Lunatic asylums in Bengal annual reports 1899-1911 - 1899-1911
Year: 1899
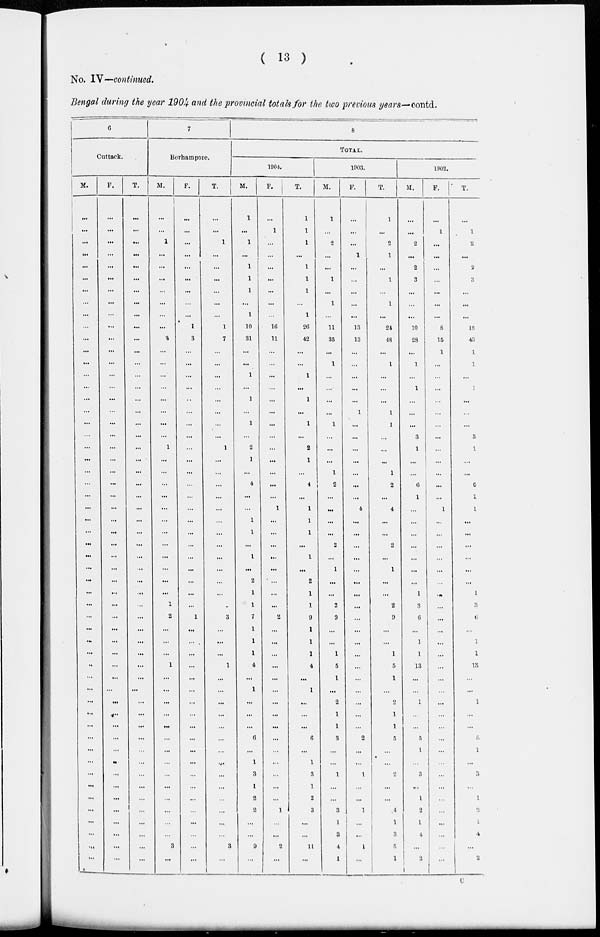
( 13 )
No. IV—continued.
Bengal during the year 1904 and the provincial totals for the two previous years—contd.
6
Cuttack.
M.
...
...
...
...
...
...
...
...
...
...
...
...
...
...
...
...
...
...
...
...
...
...
...
...
...
...
...
...
...
...
...
...
...
...
...
...
...
...
...
...
...
...
...
...
...
...
...
...
...
...
...
...
...
...
F.
...
...
...
...
...
...
...
...
...
...
...
...
...
...
...
...
...
...
...
...
...
...
...
...
...
...
...
...
...
...
...
...
....
...
...
...
...
...
...
...
...
...
...
...
...
...
...
...
...
...
...
...
...
...
T.
...
...
...
...
...
...
...
...
...
...
...
...
...
...
...
...
...
...
...
...
...
...
...
...
...
...
...
...
...
...
...
...
...
...
...
...
...
...
...
...
...
...
...
...
...
...
...
...
...
...
...
...
...
...
7
Berhampore.
M.
...
...
1
...
...
...
...
...
...
...
4
...
...
...
...
...
...
...
...
1
...
...
...
...
...
...
...
...
...
...
...
...
...
2
...
...
...
1
...
...
...
...
...
...
...
...
...
...
...
...
...
...
3
...
F.
...
...
...
...
...
...
...
...
...
1
3
...
...
...
...
...
...
...
...
...
...
...
...
...
...
...
...
...
...
...
...
...
...
1
...
...
...
...
...
...
...
...
...
...
...
...
...
...
...
...
...
...
...
...
T .
...
...
1
...
...
...
...
...
...
1
7
...
...
...
...
...
...
...
...
1
...
...
...
...
...
...
...
...
...
...
...
...
...
3
...
...
...
1
...
...
...
...
...
...
...
...
...
...
...
...
...
3
...
8
TOTAL.
1904.
M.
1
...
1
...
1
1
1
...
1
10
31
...
...
1
...
1
...
1
...
2
1
...
4
...
...
1
1
...
1
...
2
1
1
7
1
1
1
4
...
1
...
...
...
6
...
1
3
1
2
2
...
...
9
...
F.
...
1
...
...
...
...
...
...
...
16
11
...
...
...
...
...
...
...
...
...
...
...
...
...
1
...
...
...
...
...
...
...
...
2
...
...
...
...
...
...
...
...
...
...
...
...
...
...
...
1
...
...
2
...
T.
1
1
1
...
1
1
1
...
1
26
42
...
...
1
...
1
...
1
...
2
1
...
4
...
1
1
1
...
1
...
2
1
1
9
1
1
1
4
...
1
...
...
...
6
...
1
3
1
2
3
...
...
11
...
1903.
M.
1
...
2
...
...
1
...
1
...
11
35
...
1
...
...
...
...
1
...
...
...
1
2
...
...
...
...
2
...
1
...
...
2
9
...
...
1
5
1
...
2
1
1
3
...
...
1
...
...
3
1
3
4
1
F.
...
...
...
1
...
...
...
...
...
13
13
...
...
...
...
...
1
...
...
...
...
...
...
...
4
...
...
...
...
...
...
...
...
...
...
...
...
...
...
...
...
...
...
2
...
...
1
...
...
1
...
...
1
...
T.
1
...
2
1
...
1
...
1
...
24
48
...
1
...
...
...
1
1
...
...
...
1
2
...
4
...
...
2
...
1
...
...
2
9
...
...
1
5
1
...
2
1
1
5
...
...
2
...
...
4
1
3
5
1
1902.
M.
...
...
2
...
2
3
...
...
...
10
28
...
1
...
1
...
...
...
3
1
...
...
6
1
...
...
...
...
...
...
...
1
3
6
...
1
1
13
1
...
1
...
...
5
1
...
3
...
1
2
1
4
...
2
F.
...
1
...
...
...
...
...
...
...
8
15
1
...
...
...
...
...
...
...
...
...
...
...
...
1
...
...
...
...
...
...
...
...
...
...
...
...
...
...
...
...
...
...
...
...
...
...
...
...
...
...
...
...
T.
...
1
2
...
2
3
...
...
...
18
43
1
1
...
1
...
...
...
3
1
...
...
6
1
1
...
...
...
...
...
...
1
3
6
...
1
1
13
1
...
1
...
...
5
1
...
3
...
1
2
1
4
...
2